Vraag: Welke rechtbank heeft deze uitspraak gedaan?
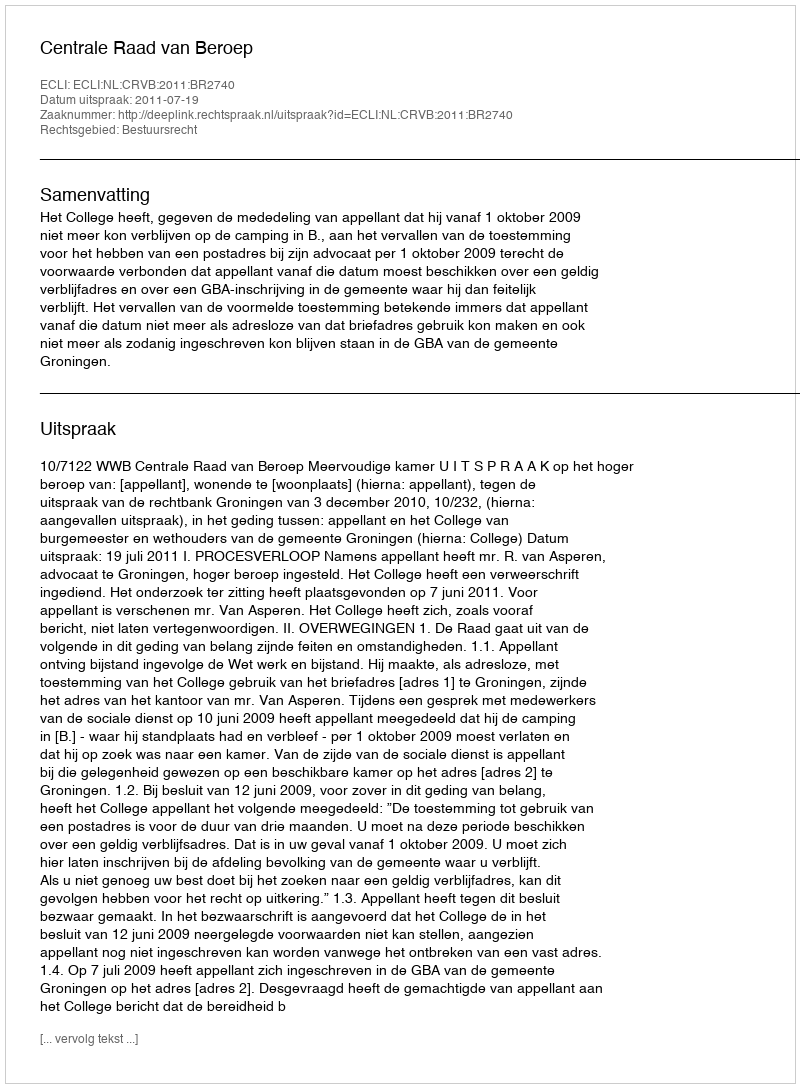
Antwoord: Centrale Raad van Beroep